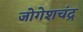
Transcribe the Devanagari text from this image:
जोगेशचंद्र